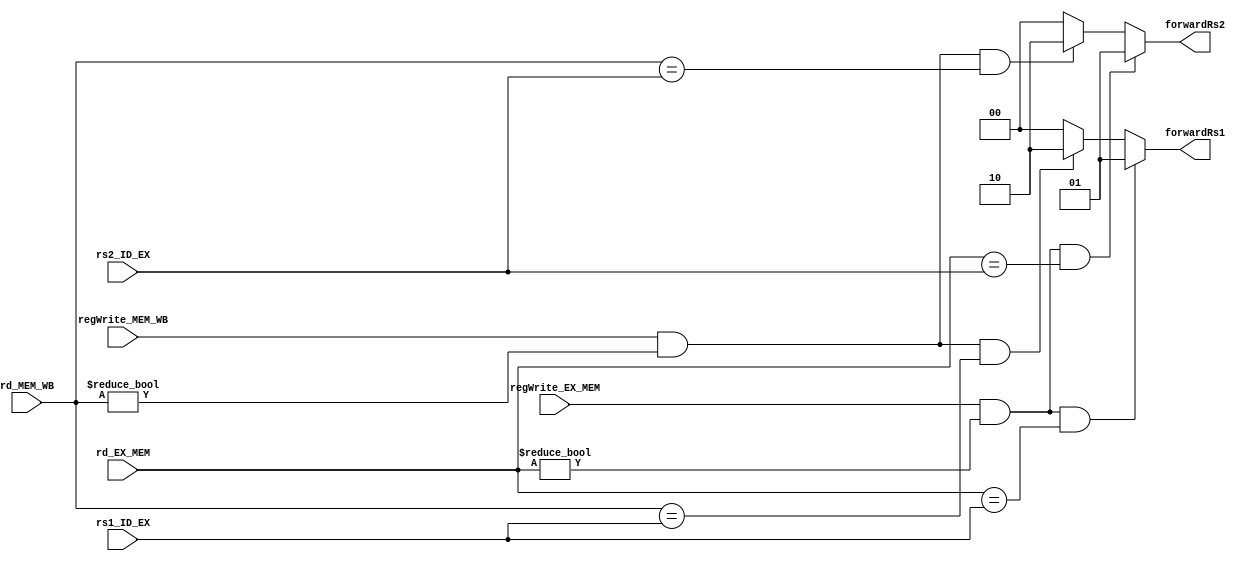
`timescale 1ns / 1ps
//////////////////////////////////////////////////////////////////////////////////
// Company: 
// Engineer: 
// 
// Design Name: 
// Module Name: Forwarding_unit
// Project Name: 
// Target Devices: 
// Tool Versions: 
// Description: 
// 
// Dependencies: 
// 
// Revision:
// Revision 0.01 - File Created
// Additional Comments:
// 
//////////////////////////////////////////////////////////////////////////////////

module Forwarding_unit(forwardRs1,forwardRs2,rs1_ID_EX,rs2_ID_EX,rd_EX_MEM,rd_MEM_WB,
                       regWrite_EX_MEM,regWrite_MEM_WB);
output reg [1:0]forwardRs1,forwardRs2;
input [4:0]rs1_ID_EX,rs2_ID_EX,rd_EX_MEM,rd_MEM_WB;
input regWrite_EX_MEM,regWrite_MEM_WB;

always@(*)
begin
if      (regWrite_EX_MEM==1 && rd_EX_MEM!=5'b00000 && rd_EX_MEM==rs1_ID_EX) forwardRs1=2'b01;
else if (regWrite_MEM_WB==1 && rd_MEM_WB!=5'b00000 && rd_MEM_WB==rs1_ID_EX) forwardRs1=2'b10;
else forwardRs1=2'b00;
end

always@(*)
begin
if      (regWrite_EX_MEM==1 && rd_EX_MEM!=5'b00000 && rd_EX_MEM==rs2_ID_EX) forwardRs2=2'b01;
else if (regWrite_MEM_WB==1 && rd_MEM_WB!=5'b00000 && rd_MEM_WB==rs2_ID_EX) forwardRs2=2'b10;
else forwardRs2=2'b00;
end

endmodule